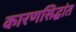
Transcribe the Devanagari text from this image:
कारणसिद्धांत